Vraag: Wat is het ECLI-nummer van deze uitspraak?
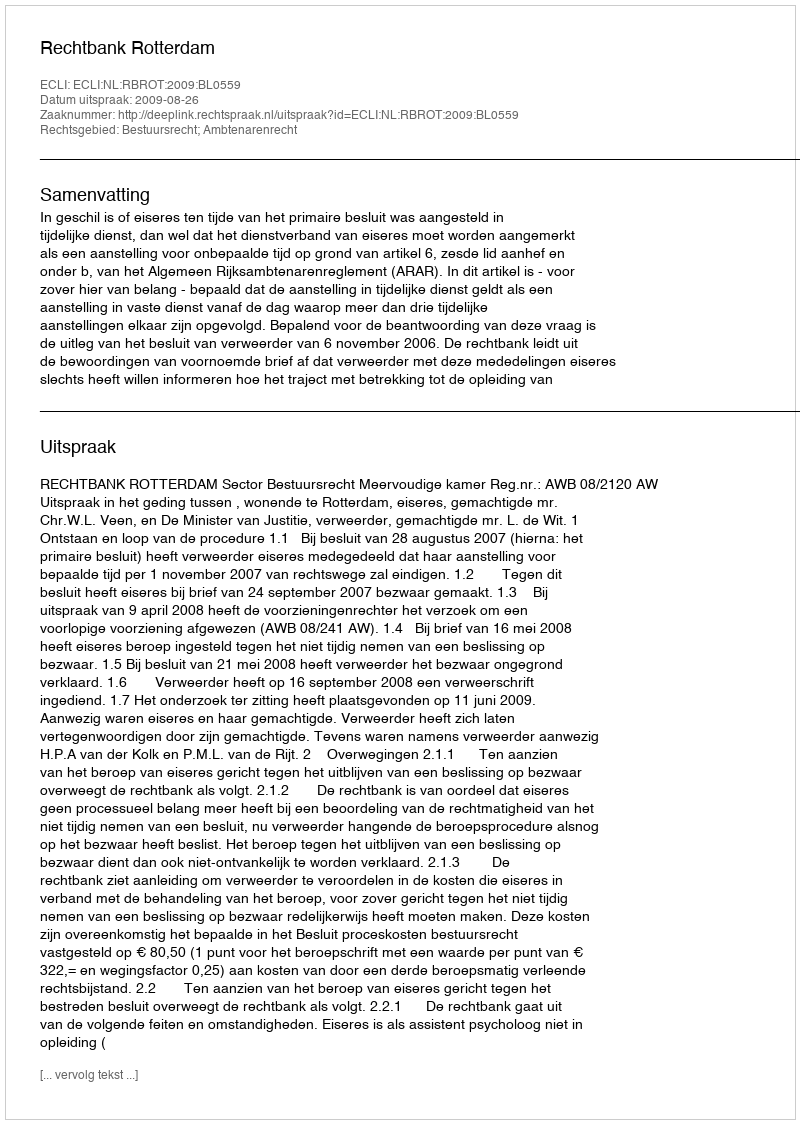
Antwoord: ECLI:NL:RBROT:2009:BL0559